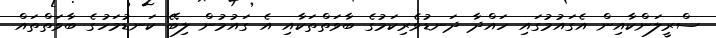
ސްރީލަންކާއިން އެގައުމުގައި ހައްދާ ދަނޑުވެރިކަމުގެ ބާވަތްތަކާއި އެ ގައުމުން ލިބޭ ކަނޑުމަހުގެ ބާވަތްތައް